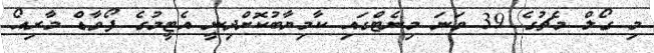
މި ގޯލް މެޗުގެ 39 ވަނަ މިނެޓްގައި ކާމިޔާބުކޮށްދިނީ އެޓީމުގެ ފޯވާޑް މާރިއޯ